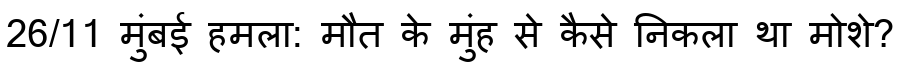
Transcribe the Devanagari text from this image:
26/11 मुंबई हमला: मौत के मुंह से कैसे निकला था मोशे?